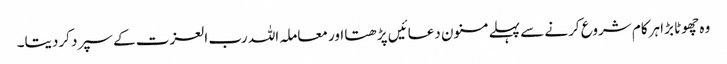
وہ چھوٹا بڑا ہرکام شروع کرنے سے پہلے مسنون دعائیں پڑھتا اور معاملہ اللہ رب العزت کے سپرد کردیتا۔